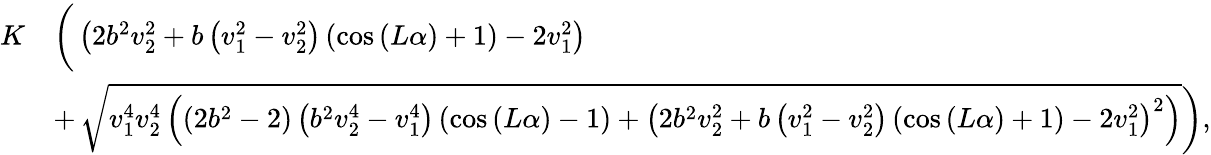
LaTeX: \begin{array}{rl}{K}&{\left(\vphantom{\sqrt{v_{1}^{4}v_{2}^{4}\left(\left(2b^{2}-2\right)\left(b^{2}v_{2}^{4}-v_{1}^{4}\right)\left(\cos{\left(L\alpha\right)}-1\right)+\left(2b^{2}v_{2}^{2}+b\left(v_{1}^{2}-v_{2}^{2}\right)\left(\cos{\left(L\alpha\right)}+1\right)-2v_{1}^{2}\right)^{2}\right)}}\left(2b^{2}v_{2}^{2}+b\left(v_{1}^{2}-v_{2}^{2}\right)\left(\cos{\left(L\alpha\right)}+1\right)-2v_{1}^{2}\right)\right.}\\ &{+\left.\sqrt{v_{1}^{4}v_{2}^{4}\left(\left(2b^{2}-2\right)\left(b^{2}v_{2}^{4}-v_{1}^{4}\right)\left(\cos{\left(L\alpha\right)}-1\right)+\left(2b^{2}v_{2}^{2}+b\left(v_{1}^{2}-v_{2}^{2}\right)\left(\cos{\left(L\alpha\right)}+1\right)-2v_{1}^{2}\right)^{2}\right)}\right),}\end{array}